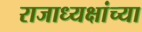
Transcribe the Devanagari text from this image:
राजाध्यक्षांच्या